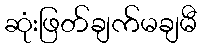
ဆုံးဖြတ်ချက်မချမီ